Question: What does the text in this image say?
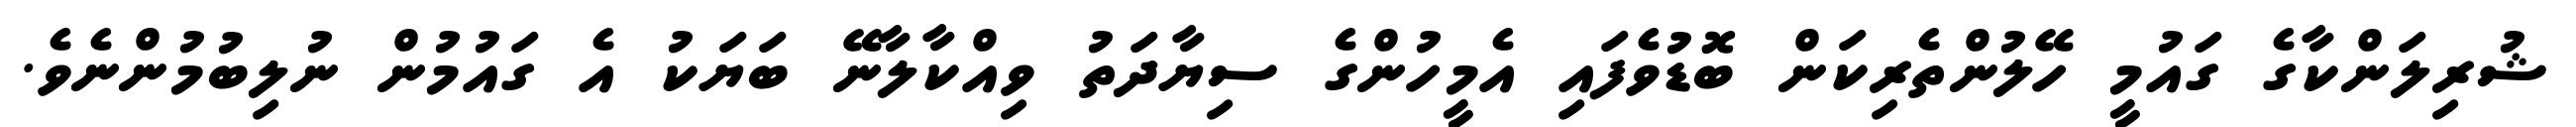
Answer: ޝުރިލަންކާގެ ގައުމީ ހޭލުންތެރިކަން ބޮޑުވެފައި އެމީހުންގެ ސިޔާދަތު ވިއްކާލާނޭ ބަޔަކު އެ ގައުމުން ނުލިބުމުންނެވެ.